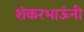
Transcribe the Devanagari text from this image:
शंकरभाऊंनी